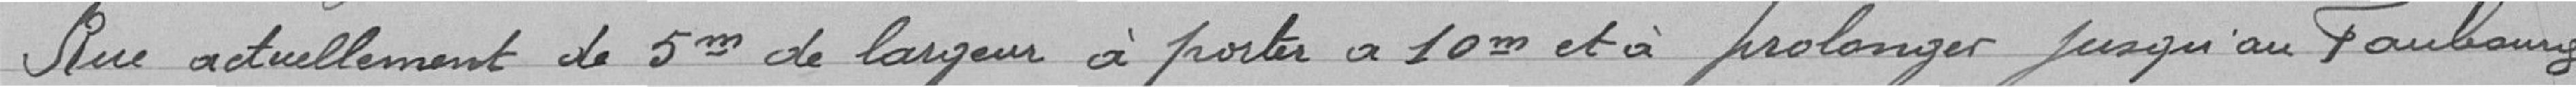
Rue actuellement de 5 mètres de largeur à porter à 10 mètres et à prolonger jusqu'au faubourg